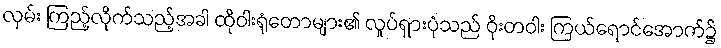
လှမ်း ကြည့်လိုက်သည့်အခါ ထိုဝါးရုံတောများ၏ လှုပ်ရှားပုံသည် ဝိုးတဝါး ကြယ်ရောင်အောက်၌